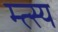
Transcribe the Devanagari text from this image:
म्त्स्य